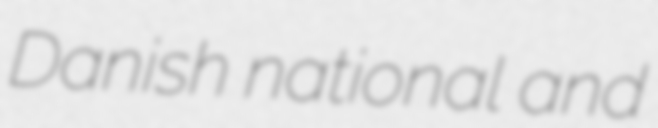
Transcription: Danish national and